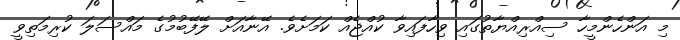
މި އަންހެންމީހާ ސިއްރިއްޔާތުގައި ވިހާފައިވާ ކުއްޖެއް ކަމަށެވެ. އޭނާއަށް ލޭފޭބުމުގެ މައްސަލަ ކުރިމަތިވީ